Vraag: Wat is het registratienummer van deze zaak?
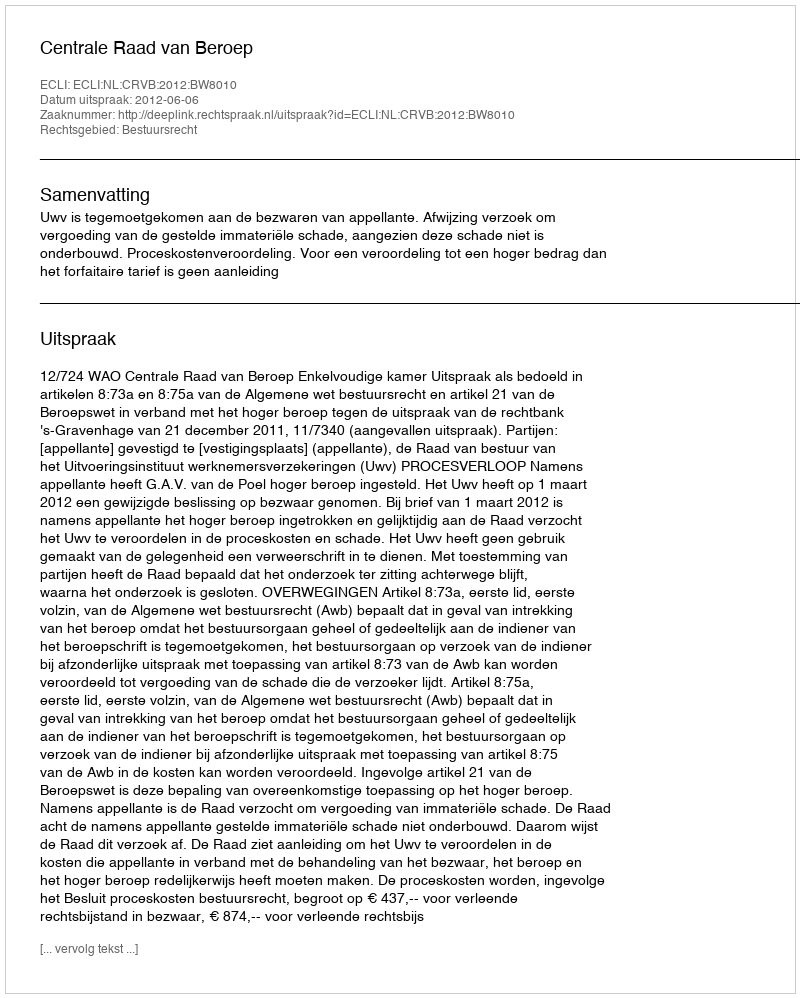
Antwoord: http://deeplink.rechtspraak.nl/uitspraak?id=ECLI:NL:CRVB:2012:BW8010